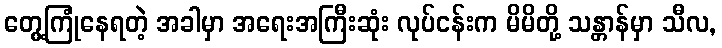
တွေ့ကြုံနေရတဲ့ အခါမှာ အရေးအကြီးဆုံး လုပ်ငန်းက မိမိတို့ သန္တာန်မှာ သီလ,